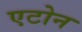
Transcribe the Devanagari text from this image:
एटोन